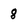
Character: 8